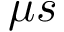
\mu s